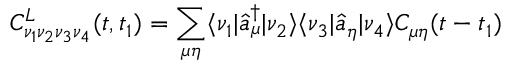
C _ { \nu _ { 1 } \nu _ { 2 } \nu _ { 3 } \nu _ { 4 } } ^ { L } ( t , t _ { 1 } ) = \sum _ { \mu \eta } \langle \nu _ { 1 } | \hat { a } _ { \mu } ^ { \dagger } | \nu _ { 2 } \rangle \langle \nu _ { 3 } | \hat { a } _ { \eta } | \nu _ { 4 } \rangle C _ { \mu \eta } ( t - t _ { 1 } )